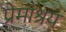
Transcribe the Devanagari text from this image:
प्रेमाश्रय